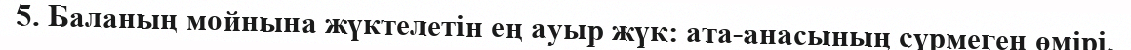
5. Баланың мойнына жүктелетін ең ауыр жүк: ата-анасының сүрмеген өмірі.